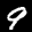
Label: 9